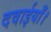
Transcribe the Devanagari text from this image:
दवाईयाँ।